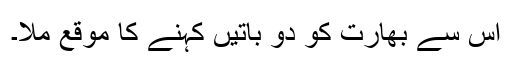
اس سے بھارت کو دو باتیں کہنے کا موقع ملا۔